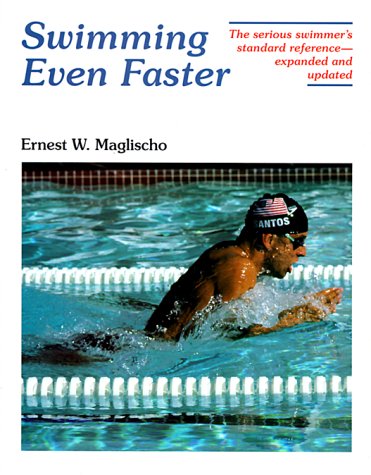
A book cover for Swimming Even Faster: A Comprehensive Guide to the Science of Swimming, 2nd Ed; Ernest W. Maglischo; Health, Fitness & Dieting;